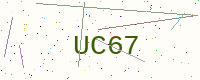
Text: UC67